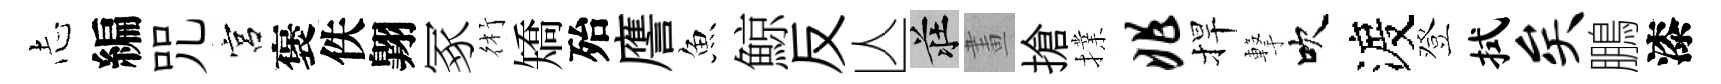
𢖽編咒宮褒佚翺冢術矯殆譍魚鯨反亾莊畫搶擈兆捍撃吹渡登拭矣鵬漆